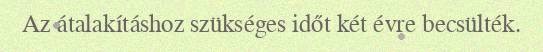
Az átalakításhoz szükséges időt két évre becsülték.